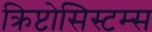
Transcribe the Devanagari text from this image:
क्रिप्टोसिस्टम्स